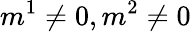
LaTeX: m^{1}\neq 0,m^{2}\neq 0